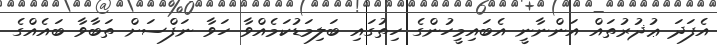
އެފަދަ ޢުޛުރުތައް އަންނާނީ އެބައިމީހުންގެ ހިތުގައި ބަލިމަޑުކަމެއްވާ ހަވާ ނަފްސަށް ތަބާވާ ބައެއްގެ